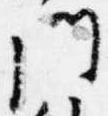
門